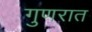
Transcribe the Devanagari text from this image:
गुणरात